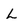
Character: L